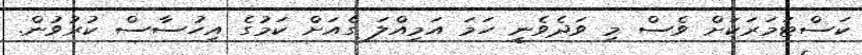
ކަސްޓަމަރަކަށް ވެސް މި ވަދެވެނީ ހަމަ އަމިއްލަ ގެއަށް ކަމުގެ އިހުސާސް ކުރުވުން.